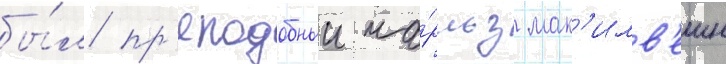
бы́л пр'еподобныи ча́рльз мак'илв'еин